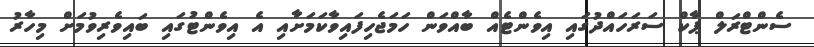
ސެންޓްރަލް ޕާކް ސަރަހައްދުގައި އިވެންޓެއް ބާއްވަން ހަމަޖެހިފައިވާކަމަށާއި އެ އިވެންޓުގައި ބައިވެރިވުމަށް މިހާރު